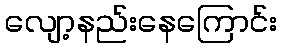
လျော့နည်းနေကြောင်း